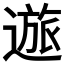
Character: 𲅭